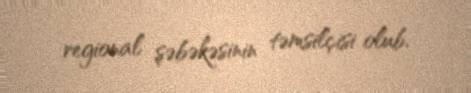
regional şəbəkəsinin təmsilçisi olub.